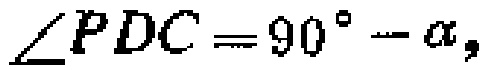
\(\angle PDC = 90^{\circ}-\alpha,\)